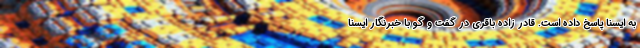
به ایسنا پاسخ داده است. قادر زاده باقری در گفت و گو با خبرنگار ایسنا